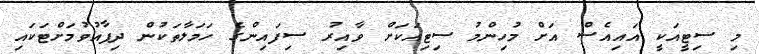
މި ސިޓީއަކީ އައިއެސް އަށް މުހިންމު ސިޓިއަކަށް ވާއިރު ސިފައިންގެ ހަމަލާތަކުން ދިފާއުވުމަށްޓަކައި